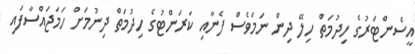
އީސެންޓަރުގެ ހިދުމަތް ހިލޭ ދިން ނަމަވެސް ފެނާއި ކަރަންޓުގެ ހިދުމަތް ދިނުމަށް ހަމަޖައްސާފައި